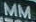
MM